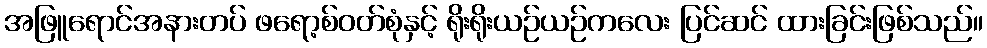
အဖြူရောင်အနားတပ် ဖရော့စ်ဝတ်စုံနှင့် ရိုးရိုးယဉ်ယဉ်ကလေး ပြင်ဆင် ထားခြင်းဖြစ်သည်။